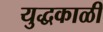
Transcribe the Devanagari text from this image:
युद्धकाळी